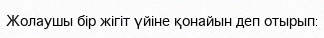
Жолаушы бір жігіт үйіне қонайын деп отырып: